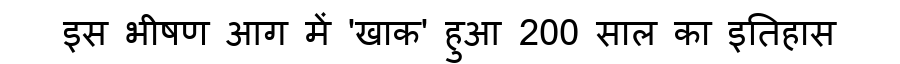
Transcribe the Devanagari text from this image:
इस भीषण आग में 'खाक' हुआ 200 साल का इतिहास